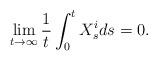
LaTeX: \begin{align*}\lim_{t \to \infty} \frac{1}{t} \int_0^t X^i_s ds = 0.\end{align*}